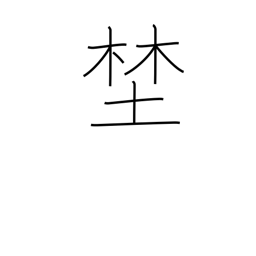
Meaning: wilderness